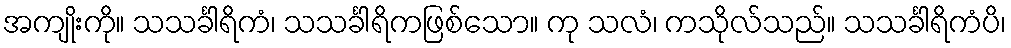
အကျိုးကို။ သသင်္ခါရိကံ၊ သသင်္ခါရိကဖြစ်သော။ ကု သလံ၊ ကသိုလ်သည်။ သသင်္ခါရိကံပိ၊